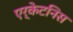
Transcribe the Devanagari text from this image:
एर्केटनिस